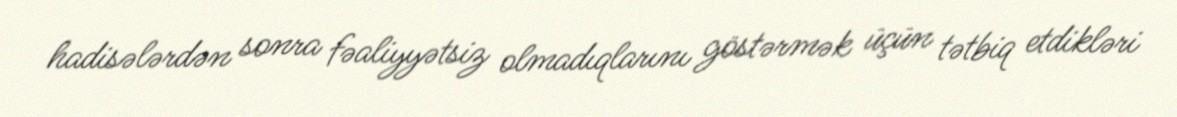
hadisələrdən sonra fəaliyyətsiz olmadıqlarını göstərmək üçün tətbiq etdikləri